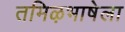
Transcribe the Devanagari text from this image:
तमिऴभाषेला